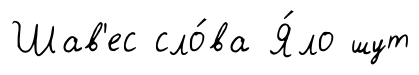
Шав'ес сло́ва Я́ло шут